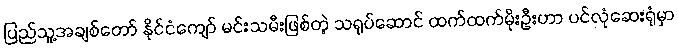
ပြည်သူ့အချစ်တော် နိုင်ငံကျော် မင်းသမီးဖြစ်တဲ့ သရုပ်ဆောင် ထက်ထက်မိုးဦးဟာ ပင်လုံဆေးရုံမှာ